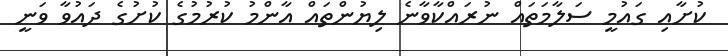
ކުށާއި ގައުމީ ސަލާމަތައް ނުރައްކާވާނެ ލިޔުންތައް އާންމު ކުރުމުގެ ކުށުގެ ދައުވާ ވަނީ